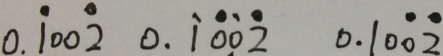
0 . \dot { 1 } 0 0 \dot { 2 } 0 . \dot { 1 } \dot { 0 } \dot { 0 } \dot { 2 } 0 . 1 0 \dot { 0 } \dot { 2 }